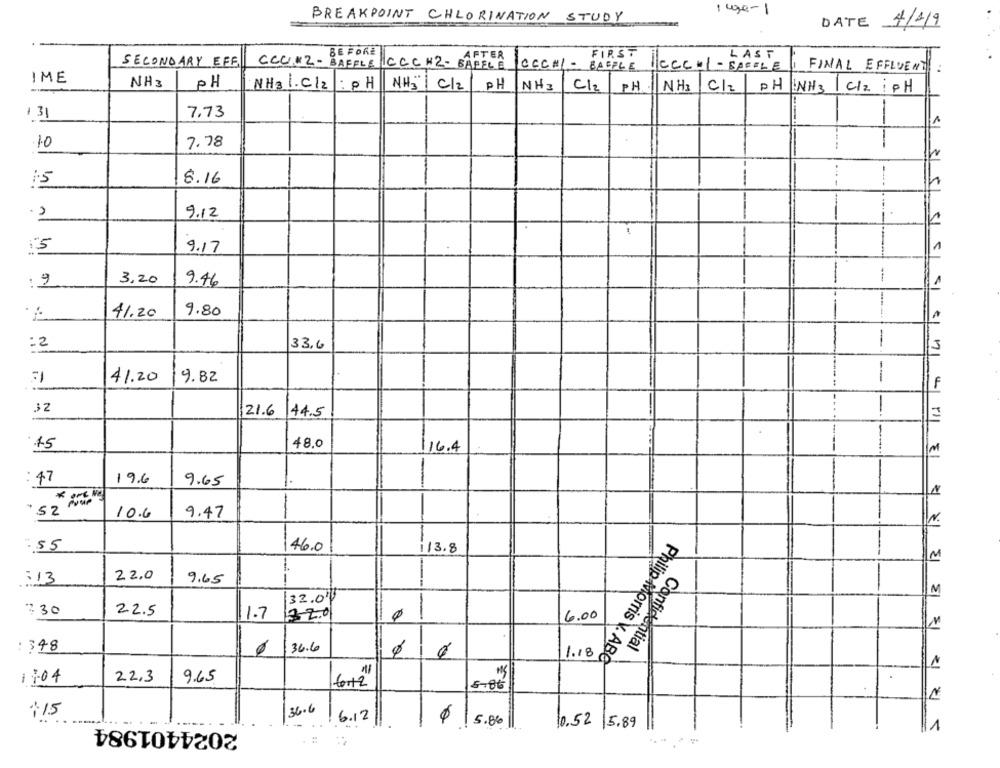
1090-1
BREAKPOINT CHLORINATION STUDY
DATE 4/1/9
BEFORE
FIRST
LAST
AFTER
SECONDARY EFE
CCC #2 - BAFFLE
CCC # 2- BAFFLE
CCC#1-
BAFFLE
1|cccal -SAFELE
FINAL EFFLUENT
IME
NH3
PH
NH3 1.C/2
: PH
NH"| C/2
PH
NH 3
Cl2 PH
C/2
PH
NH3 C12 PH NH3
1 C/2 iPH
13
7.73
.10
7.78
1.5
8.16
9.12
15
9.17
. 9
3,20
9.46
41.20
9.80
---
: 2
33,6
-
n
41.20
9.82
-
32
21.6
44.5
75
48.0
--
16.4
EI
: 47
19.6
9.65
--
N
. 52 Pour
10.6
9.47
N.
.55
46.0
i/ 3.8
-an
22,0
E1
:13
9.65
M
32.00
330
22.5
1.7
32.0
6.00
Confidential
: 348
36.6
1.18
Philip Morris V. ABe
1104
22,3
9.65
fort 2"
5-06
:15
36.6
2024401984
6.12
5.86
10.52 5.89